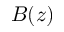
B ( z )